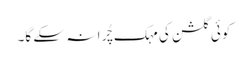
کوئی گلشن کی مہک چُرا نہ سکے گا۔